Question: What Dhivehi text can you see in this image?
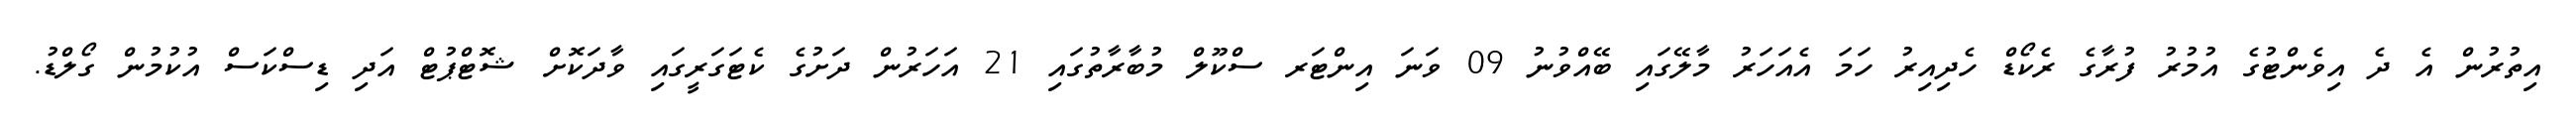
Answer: އިތުރުން އެ ދެ އިވެންޓުގެ އުމުރު ފުރާގެ ރެކޯޑް ހެދިއިރު ހަމަ އެއަހަރު މާލޭގައި ބޭއްވުނު 09 ވަނަ އިންޓަރ ސްކޫލް މުބާރާތުގައި 21 އަހަރުން ދަށުގެ ކެޓަގަރީގައި ވާދަކޮށް ޝޮޓްޕުޓް އަދި ޑިސްކަސް އުކުމުން ގޯލްޑު.